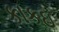
કાકઇ